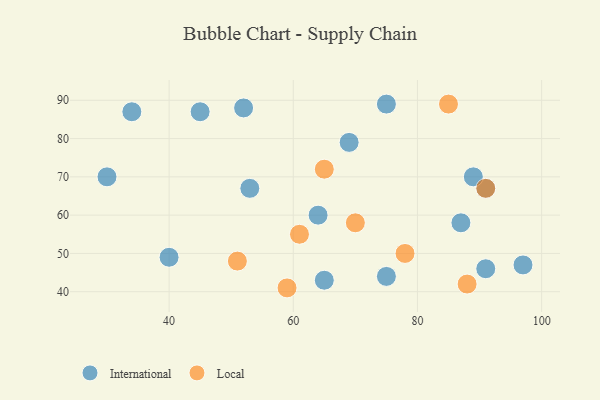
{"axis": {"x": "GDP", "y": "Life Expectancy"}, "legend": ["International", "Local"], "data": [{"x": "34", "y": 87, "type": "International"}, {"x": "30", "y": 70, "type": "International"}, {"x": "87", "y": 58, "type": "International"}, {"x": "91", "y": 67, "type": "International"}, {"x": "97", "y": 47, "type": "International"}, {"x": "53", "y": 67, "type": "International"}, {"x": "52", "y": 88, "type": "International"}, {"x": "89", "y": 70, "type": "International"}, {"x": "40", "y": 49, "type": "International"}, {"x": "69", "y": 79, "type": "International"}, {"x": "75", "y": 89, "type": "International"}, {"x": "64", "y": 60, "type": "International"}, {"x": "45", "y": 87, "type": "International"}, {"x": "65", "y": 43, "type": "International"}, {"x": "91", "y": 46, "type": "International"}, {"x": "75", "y": 44, "type": "International"}, {"x": "91", "y": 67, "type": "Local"}, {"x": "88", "y": 42, "type": "Local"}, {"x": "51", "y": 48, "type": "Local"}, {"x": "85", "y": 89, "type": "Local"}, {"x": "78", "y": 50, "type": "Local"}, {"x": "59", "y": 41, "type": "Local"}, {"x": "70", "y": 58, "type": "Local"}, {"x": "65", "y": 72, "type": "Local"}, {"x": "61", "y": 55, "type": "Local"}]}